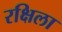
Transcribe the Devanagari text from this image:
रक्षिला